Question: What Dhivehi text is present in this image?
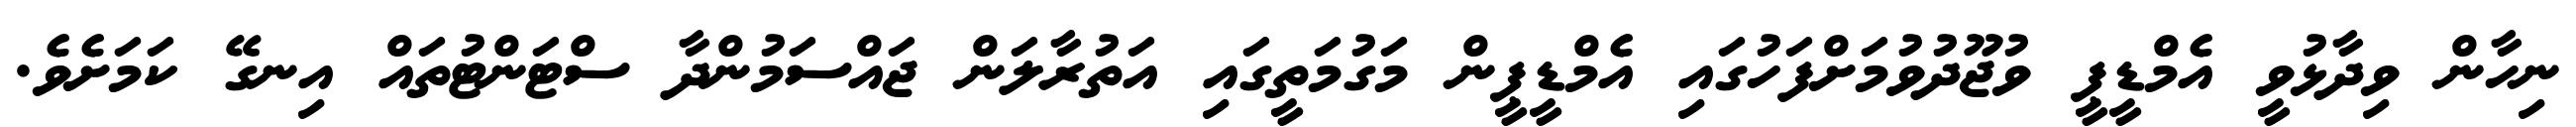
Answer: ނިހާން ވިދާޅުވީ އެމްޑީޕީ ވުޖޫދުވުމަށްފަހުގައި އެމްޑީޕީން މަގުމަތީގައި އަތުރާލަން ޖައްސަމުންދާ ސްޓަންޓުތައް އިނގޭ ކަމަށެވެ.